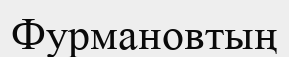
Фурмановтың